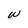
Character: w